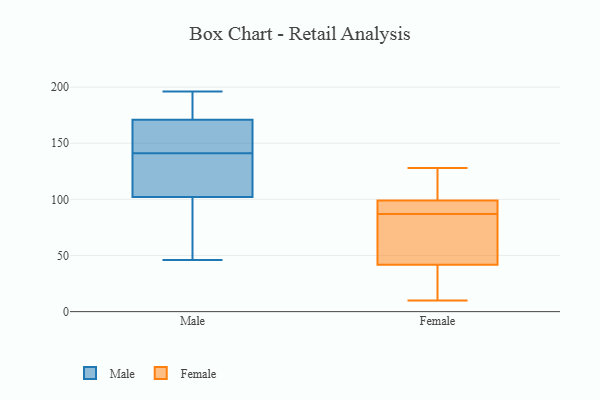
{"axis": {"x": "Market Share (%)", "y": "Value"}, "legend": ["Female", "Male"], "data": [{"x": "", "y": 46, "type": "Male"}, {"x": "", "y": 171, "type": "Male"}, {"x": "", "y": 136, "type": "Male"}, {"x": "", "y": 146, "type": "Male"}, {"x": "", "y": 184, "type": "Male"}, {"x": "", "y": 136, "type": "Male"}, {"x": "", "y": 102, "type": "Male"}, {"x": "", "y": 46, "type": "Male"}, {"x": "", "y": 192, "type": "Male"}, {"x": "", "y": 117, "type": "Male"}, {"x": "", "y": 157, "type": "Male"}, {"x": "", "y": 102, "type": "Male"}, {"x": "", "y": 165, "type": "Male"}, {"x": "", "y": 196, "type": "Male"}, {"x": "", "y": 96, "type": "Female"}, {"x": "", "y": 39, "type": "Female"}, {"x": "", "y": 100, "type": "Female"}, {"x": "", "y": 128, "type": "Female"}, {"x": "", "y": 50, "type": "Female"}, {"x": "", "y": 90, "type": "Female"}, {"x": "", "y": 116, "type": "Female"}, {"x": "", "y": 18, "type": "Female"}, {"x": "", "y": 87, "type": "Female"}, {"x": "", "y": 10, "type": "Female"}, {"x": "", "y": 57, "type": "Female"}]}